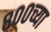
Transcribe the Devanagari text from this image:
८००च्या